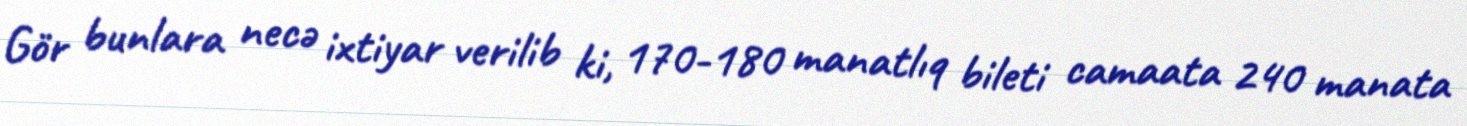
Gör bunlara necə ixtiyar verilib ki, 170-180 manatlıq bileti camaata 240 manata